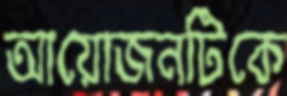
আয়োজনটিকে